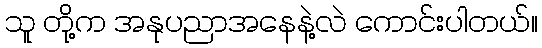
သူ တို့က အနုပညာအနေနဲ့လဲ ကောင်းပါတယ်။